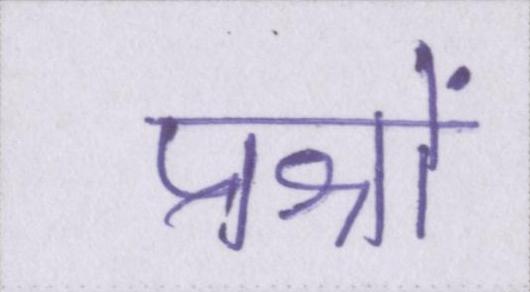
प्रश्नों